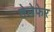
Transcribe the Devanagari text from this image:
तेलेफेर